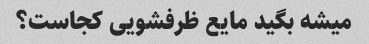
میشه بگید مایع ظرفشویی کجاست؟